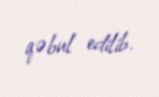
qəbul edilib.